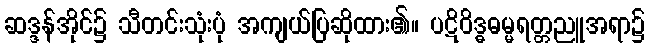
ဆဒ္ဒန်အိုင်၌ သီတင်းသုံးပုံ အကျယ်ပြဆိုထား၏။ ပဋိဝိဒ္ဓဓမ္မရတ္တညူအရာ၌